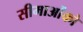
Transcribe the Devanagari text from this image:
सीमाओंको